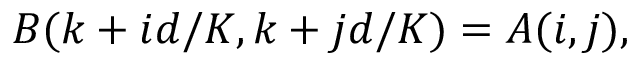
B ( k + i d / K , k + j d / K ) = A ( i , j ) ,